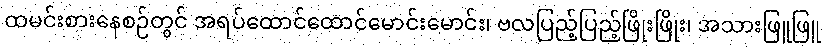
ထမင်းစားနေစဉ်တွင် အရပ်ထောင်ထောင်မောင်းမောင်း၊ ဗလပြည့်ပြည့်ဖြိုးဖြိုး၊ အသားဖြူဖြူ